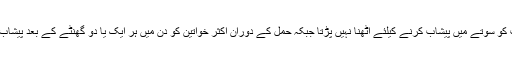
عام طور پر خواتین دن میں تین سے پانچ مرتبہ پیشاب کرتی ہیں اور انہیں رات کو سوتے میں پیشاب کرنے کیلئے اٹھنا نہیں پڑتا جبکہ حمل کے دوران اکثر خواتین کو دن میں ہر ایک یا دو گھنٹے کے بعد پیشاب کی حاجت ہوتی ہے اور رات کو سوتے میں بھی ایک دو مرتبہ اٹھنا پڑتا ہے۔